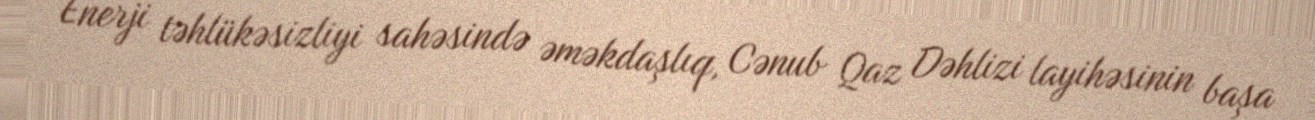
Enerji təhlükəsizliyi sahəsində əməkdaşlıq, Cənub Qaz Dəhlizi layihəsinin başa